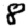
Digit: 8